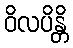
ဝိလပိန္တိ